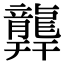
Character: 𪚜